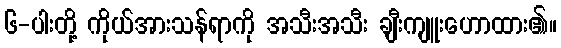
၆-ပါးတို့ ကိုယ်အားသန်ရာကို အသီးအသီး ချီးကျူးဟောထား၏။